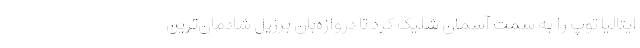
ایتالیا توپ را به سمت آسمان شلیک کرد تا دروازه‌بان برزیل شادمان‌ترین